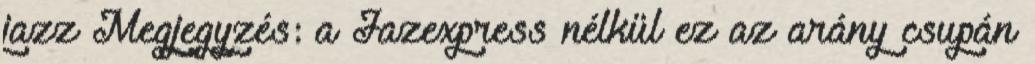
jazz Megjegyzés: a Jazexpress nélkül ez az arány csupán